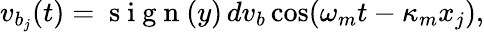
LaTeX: v_{b_{j}}(t)=\mathrm{~s~i~g~n~}(y)\, dv_{b}\cos(\omega_{m}t-\kappa_{m}x_{j}),